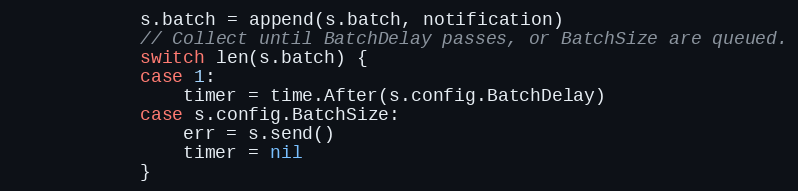
Language: Go
			s.batch = append(s.batch, notification)
			// Collect until BatchDelay passes, or BatchSize are queued.
			switch len(s.batch) {
			case 1:
				timer = time.After(s.config.BatchDelay)
			case s.config.BatchSize:
				err = s.send()
				timer = nil
			}